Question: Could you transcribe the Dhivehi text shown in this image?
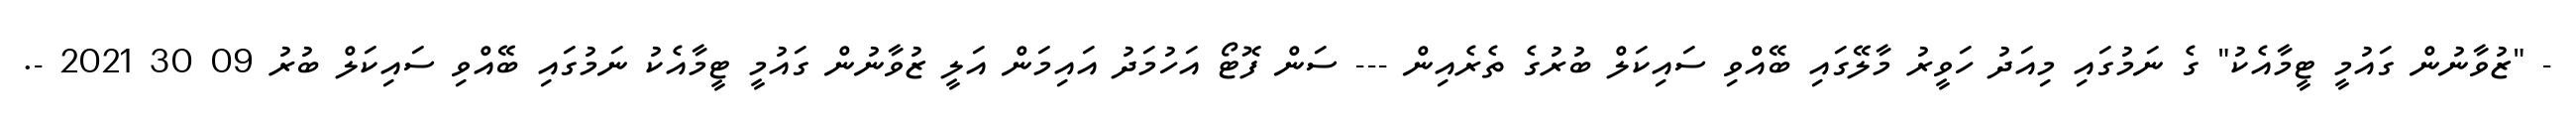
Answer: - "ޒުވާނުން ގައުމީ ޓީމާއެކު" ގެ ނަމުގައި މިއަދު ހަވީރު މާލޭގައި ބޭއްވި ސައިކަލް ބުރުގެ ތެރެއިން --- ސަން ފޮޓޯ އަހުމަދު އައިމަން އަލީ ޒުވާނުން ގައުމީ ޓީމާއެކު ނަމުގައި ބޭއްވި ސައިކަލް ބުރު 09 30 2021 -.